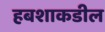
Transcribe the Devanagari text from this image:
हबशाकडील